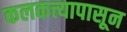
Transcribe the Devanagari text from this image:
कलकत्त्यापासून